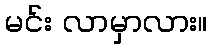
မင်း လာမှာလား။